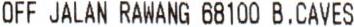
OFF JALAN RAWANG 68100 B.CAVES